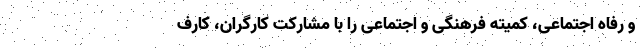
و رفاه اجتماعی، کمیته فرهنگی و اجتماعی را با مشارکت کارگران، کارف